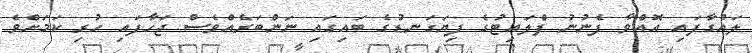
ލައްގާފައި އޮއްވާ ފެނުނު ފްލައިޓުގެ ފިޔަގަނޑުގެ ބައިގައި ނަންބަރެއްވެސް ޖަހާފައި ހުރި ކަމަށްވެ